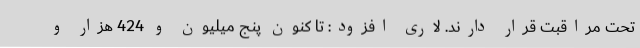
تحت مراقبت قرار دارند. لاری افزود: تا کنون پنج میلیون و 424 هزار و